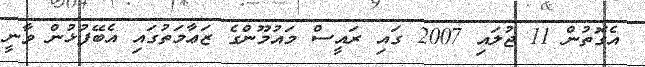
އެގޮތުން 11 ޖުލައި 2007 ގައި ރައީސް މައުމޫންގެ ޒަޢާމަތުގައި އެބޭފުޅުން ވާނީ